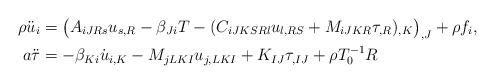
LaTeX: \begin{align*}\rho \ddot{u}_{i} &= \big(A_{iJRs} u_{s, R} - \beta_{Ji} T - (C_{iJKSRl} u_{l, RS} + M_{iJKR} \tau_{, R})_{, K}\big)_{, J} + \rho f_{i}, \\a \ddot{\tau} &=-\beta_{Ki} \dot{u}_{i, K} - M_{jLKI} u_{j, LKI} + K_{IJ} \tau_{, IJ} + \rho T_{0}^{-1} R\end{align*}